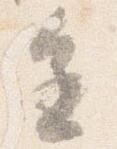
進